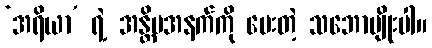
‘အရိယာ’ ရဲ့ အန္တိမအနက်ကို ပေးတဲ့ သဘောမျိုးပါ။